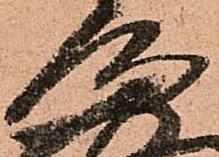
通